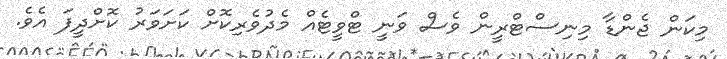
މިކަން ޖެންޑާ މިނިސްޓްރީން ވެސް ވަނީ ޓްވީޓެއް މެދުވެރިކޮށް ކަށަވަރު ކޮށްދީފަ އެވެ.